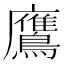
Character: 鷹